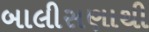
બાલીસણાથી